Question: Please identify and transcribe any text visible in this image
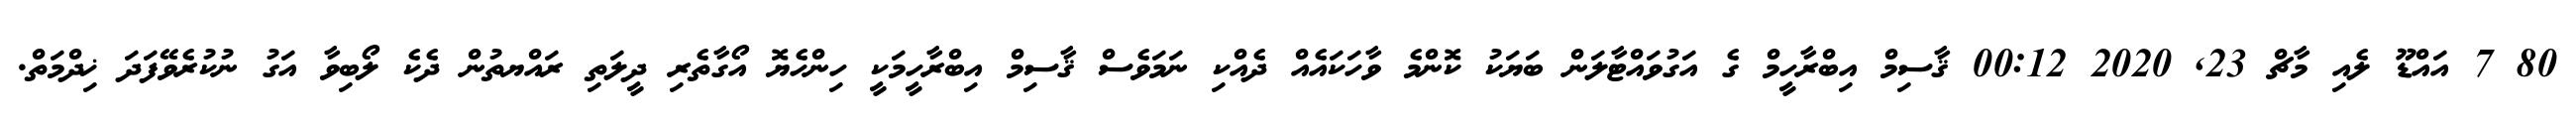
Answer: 80 7 އައްޑޫ ލެއި މާޗް 23, 2020 00:12 ޤާސިމް އިބްރާހީމް ގެ އަގުވައްޓާލަން ބަޔަކު ކޮންމެ ވާހަކައެއް ދެއްކި ނަމަވެސް ޤާސިމް އިބްރާހީމަކީ ހިންހެޔޮ އޯގާތެރި ދީލަތި ރައްޔތުން ދެކެ ލޯބިވާ އަގު ނުކުރެވޭފަދަ ޚިދްމަތް.